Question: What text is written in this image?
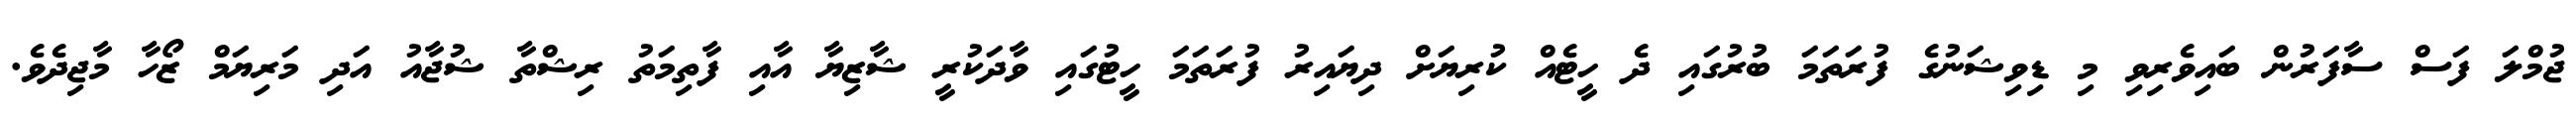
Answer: ޖުމްލަ ފަސް ސާފަރުން ބައިވެރިވި މި ޑިވިޝަނުގެ ފުރަތަމަ ބުރުގައި ދެ ހީޓެއް ކުރިޔަށް ދިޔައިރު ފުރަތަމަ ހީޓުގައި ވާދަކުރީ ޝާޒިޔާ އާއި ފާތިމަތު ރިޝްތާ ޝުޖާއު އަދި މަރިޔަމް ޒޯހާ މާޖިދެވެ.